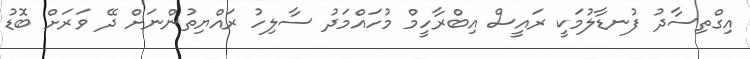
އިގްތިސާދު ފުނޑާލުމަކީ ރައީސް އިބްރާހީމް މުހައްމަދު ސާލިހު ރައްޔިތުންނަށް ދޭ ވަރަށް ބޮޑު